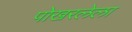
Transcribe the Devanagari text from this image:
पोखरलेला